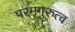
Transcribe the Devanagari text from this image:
परमगुरुत्व